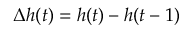
\Delta h ( t ) = h ( t ) - h ( t - 1 )